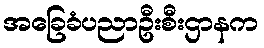
အခြေခံပညာဦးစီးဌာနက